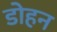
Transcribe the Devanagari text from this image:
डोहन